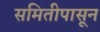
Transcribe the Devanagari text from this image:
समितीपासून